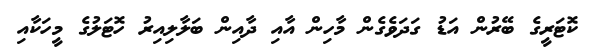
ކޮޓަރީގެ ބޭރުން އަޑު ގަދަވެގެން މާހިން އާއި ދާއިން ބަލާލިއިރު ހޮޓަލުގެ މީހަކާއި